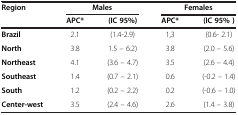
| Region | <COLSPAN=2> Males | <COLSPAN=2> Females |
 |  | APC* | (IC 95%) | APC* | (IC 95% ) |
 | --- | --- | --- | --- | --- |
 | Brazil | 2.1 | (1.4-2.9) | 1,3 | (0.6- 2.1) |
 | North | 3.8 | 1.5 – 6.2) | 3.8 | (2.0 – 5.6) |
 | Northeast | 4.1 | (3.6 – 4.7) | 3.5 | (2.6 – 4.4) |
 | Southeast | 1.4 | (0.7 – 2.1) | 0.6 | (-0.2 – 1.4) |
 | South | 1.2 | (0.2 – 2.2) | 0.2 | (-0.6 – 1.0) |
 | Center-west | 3.5 | (2.4 – 4.6) | 2.6 | (1.4 – 3.8) |